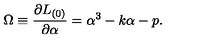
\Omega \equiv \frac { \partial L _ { ( 0 ) } } { \partial \alpha } = \alpha ^ { 3 } - k \alpha - p .